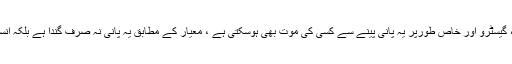
ان کاکہناتھاکہ ’ ہیپاٹائٹس سی ، گیسٹرو اور خاص طورپر یہ پانی پینے سے کسی کی موت بھی ہوسکتی ہے ، معیار کے مطابق یہ پانی نہ صرف گندا ہے بلکہ انسانی صحت کیلئے خطرہ بھی ‘۔